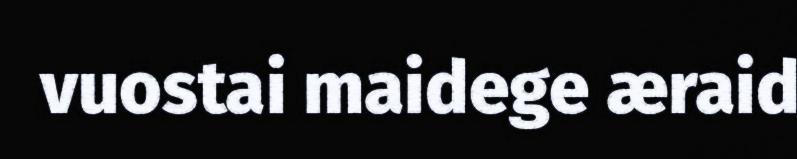
vuostai maidege æraid